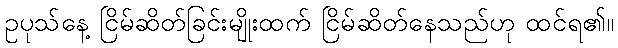
ဥပုသ်နေ့ ငြိမ်ဆိတ်ခြင်းမျိုးထက် ငြိမ်ဆိတ်နေသည်ဟု ထင်ရ၏။